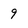
Character: 9